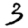
Digit: 3